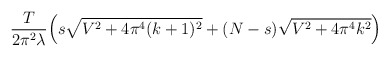
\begin{align*}\frac{T}{2\pi^2\lambda} \Big( s\sqrt{V^2 +4\pi^4(k+1)^2} +(N-s)\sqrt{V^2+4\pi^4 k^2} \Big)\end{align*}